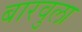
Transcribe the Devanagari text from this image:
बारवुला